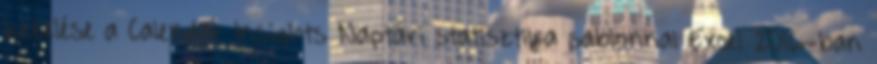
kezelése a Calendar Insights Naptári statisztika sablonnal Excel 2016-ban